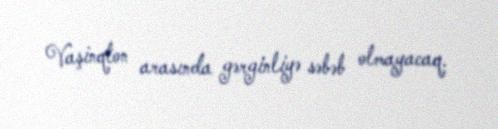
Vaşinqton arasında gərginliyə səbəb olmayacaq.